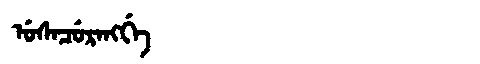
Manchu: ᡠᠰᠠᠴᡠᡵᠠᠩᡤᡝ
Romanization: USACURANGGE